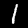
Label: 1